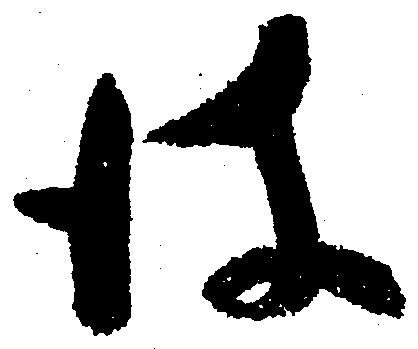
彼